system: You are a helpful assistant.
user:
Analyze the provided spectrum to determine if it is a **S-type Star**.

- **Key Indicators for S-type Star:**

    - **(Overall Spectrum Shape):** The first and most obvious characteristic is the overall continuum (the "baseline" shape). It is **extremely "red-sloping,"** meaning the flux (light intensity) is very low on the left side (blue, ~4000-4500 Å) and rises steeply and continuously toward the right side (red, ~7000 Å+).

    - **(Primary):** The spectrum is defined by the presence of strong, broad molecular absorption "valleys" (bands) from **Zirconium Oxide (ZrO)**. The identification of these bands is the **primary requirement** for classifying a star as S-type.
        - **(Key Bandheads):** You must find distinct, deep "dips" where the light has been absorbed. The most critical band systems to locate are:
            - **~6474 Å** ($\gamma$-system): This is often the strongest and clearest ZrO feature, found in the red part of the spectrum.
            - **~5718 Å** & **~5551 Å** ($\beta$-system): A pair of prominent absorption features in the yellow-orange part of the spectrum.
            - **~4640 Å** ($\alpha$-system): A key absorption band system in the blue-green region of the spectrum.

    - **(Secondary Confirmation):** The classification is strengthened by finding additional absorption bands from other related heavy element oxides, which are expected to be present alongside ZrO.
        - **(Key Bandheads):**
            - **Yttrium Oxide (YO):** Look for absorption dips near **~4800 Å** and **~6100 Å**.
            - **Lanthanum Oxide (LaO):** Additional absorption features, particularly in the red-orange part of the spectrum, are also characteristic.

    - **(Line Profile):** The combination of the steep red continuum and these numerous, deep molecular bands (ZrO, YO, etc.) gives the entire spectrum a very **"chopped-up"** or **"bumpy"** appearance. Instead of a smooth curve, the spectrum looks as though large, wide chunks of light have been "carved out" of it at the specific wavelengths listed above.

Think first, call **spectral_visualization_tool** if needed to examine features in detail, then provide your final answer. Your response must adhere to the following strict rules:
1.  **Overall Structure:** Your response must follow the format `<think>...</think> <tool_call>...</tool_call> (if a tool is used) <answer>...</answer>`.
2.  **Tool Usage Constraint:** You may only make **one** tool call per turn.
3.  **Final Answer Format:** In the `<answer>` tag, your conclusion must be inside a `\boxed{}` command (e.g., `\boxed{YES}` or `\boxed{NO}`), followed by your justification.

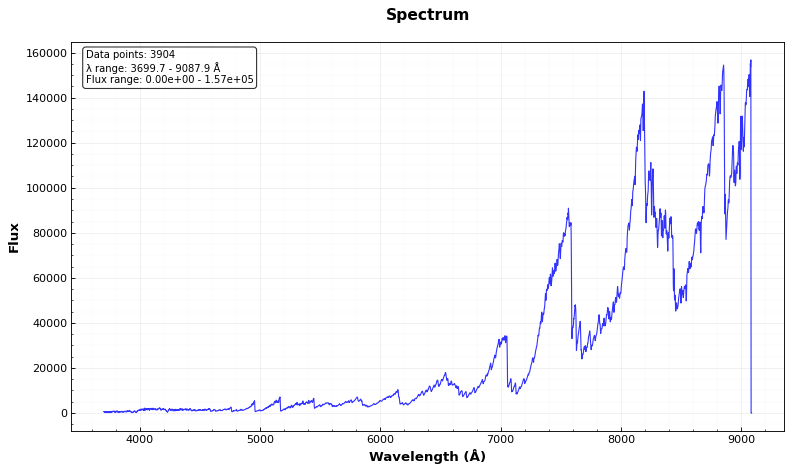
Answer: NO